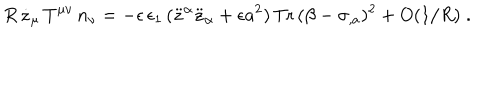
R \, \dot { z } _ { \mu } \, T ^ { \mu \nu } \, n _ { \nu } = - \epsilon \, \epsilon _ { 1 } \, ( \ddot { z } ^ { \alpha } \ddot { z } _ { \alpha } + \epsilon a ^ { 2 } ) \, \mathrm { T r } \, ( \beta - \sigma _ { , a } ) ^ { 2 } + O ( 1 / R ) \; .